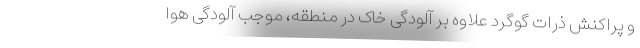
و پراکنش ذرات گوگرد علاوه بر آلودگی خاک در منطقه، موجب آلودگی هوا